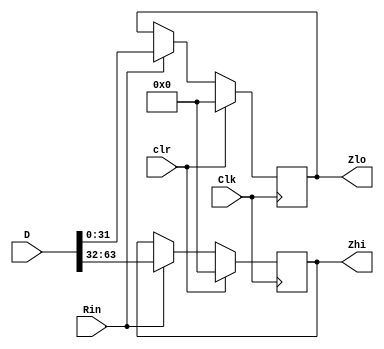
`timescale 1ns/10ps
module reg64(
	input Clk, clr, Rin,
	input [63:0] D,
	output reg [31:0] Zhi, Zlo
	);
	always@(posedge Clk)
	begin
		if (Rin==1)
		begin
			Zhi = D[63:32];
			Zlo = D[31:0];
		end
		if (clr)
		begin
			Zhi = 32'b0;
			Zlo = 32'b0;
		end
		
	end
endmodule